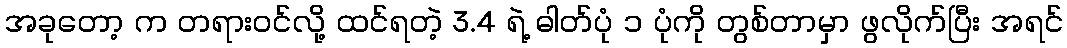
အခုတော့ က တရားဝင်လို့ ထင်ရတဲ့ 3.4 ရဲ့ ဓါတ်ပုံ ၁ ပုံကို တွစ်တာမှာ ဖွလိုက်ပြီး အရင်